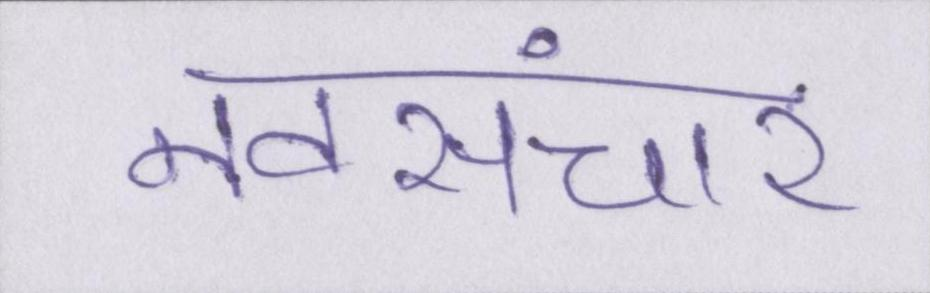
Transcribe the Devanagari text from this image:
नवसंचार